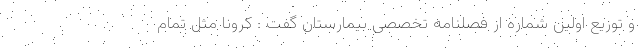
و توزیع اولین شماره از فصلنامه تخصصی بیمارستان گفت : کرونا مثل تمام